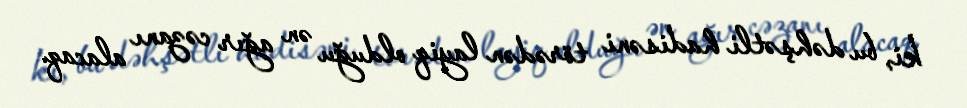
ki, bu dəhşətli hadisəni törədən layiq olduğu ən ağır cəzanı alacaq.